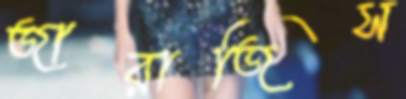
জারাজিস